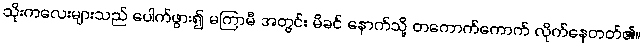
သိုးကလေးများသည် ပေါက်ဖွား၍ မကြာမီ အတွင်း မိခင် နောက်သို့ တကောက်ကောက် လိုက်နေတတ်၏။